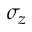
\sigma _ { z }